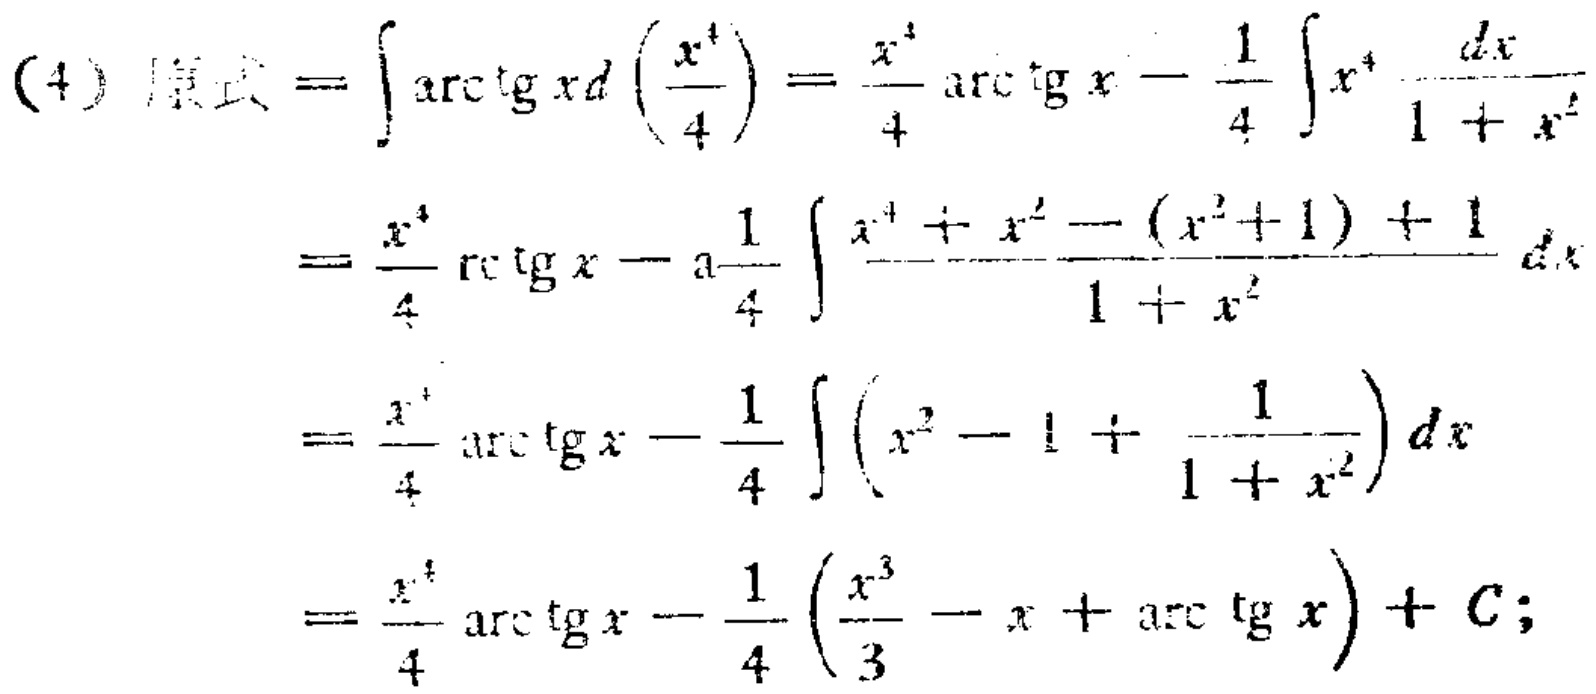
\begin{align*}

(4)\text{ 原式}&=\int\arctan xd\left(\frac{x^{4}}{4}\right)=\frac{x^{4}}{4}\arctan x-\frac{1}{4}\int x^{4}\frac{dx}{1 + x^{2}}\\

&=\frac{x^{4}}{4}\arctan x-\frac{1}{4}\int\frac{x^{4}+x^{2}-(x^{2}+1)+1}{1 + x^{2}}dx\\

&=\frac{x^{4}}{4}\arctan x-\frac{1}{4}\int\left(x^{2}-1+\frac{1}{1 + x^{2}}\right)dx\\

&=\frac{x^{4}}{4}\arctan x-\frac{1}{4}\left(\frac{x^{3}}{3}-x+\arctan x\right)+C;

\end{align*}